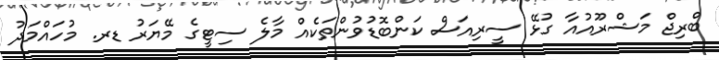
ބްރިޖް މަޝްރޫއުއާ ގުޅޭ ސީރިއަސް ކަންބޮޑުވުންތަކެއް މާލެ ސިޓީގެ މޭޔަރު ޑރ. މުހައްމަދު